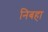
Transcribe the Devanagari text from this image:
निबहा